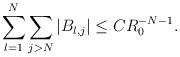
LaTeX: \begin{align*}\sum_{l=1}^N\sum_{j> N}|B_{l,j}|\le CR_0^{-N-1}.\end{align*}